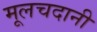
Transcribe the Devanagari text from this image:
मूलचदानी